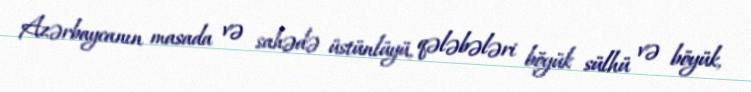
Azərbaycanın masada və sahədə üstünlüyü, qələbələri böyük sülhü və böyük,